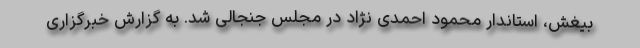
بیغش، استاندار محمود احمدی نژاد در مجلس جنجالی شد. به گزارش خبرگزاری